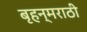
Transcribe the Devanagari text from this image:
बृहन्‌मराठी